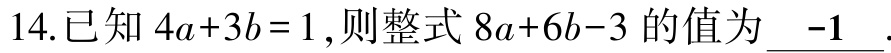
14.已知 \(4a + 3b = 1\),则整式 \(8a + 6b - 3\) 的值为 \(-1\).